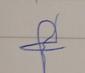
Signature authenticity: forged